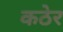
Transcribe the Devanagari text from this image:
कठेर